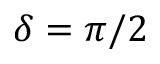
\delta = \pi / 2